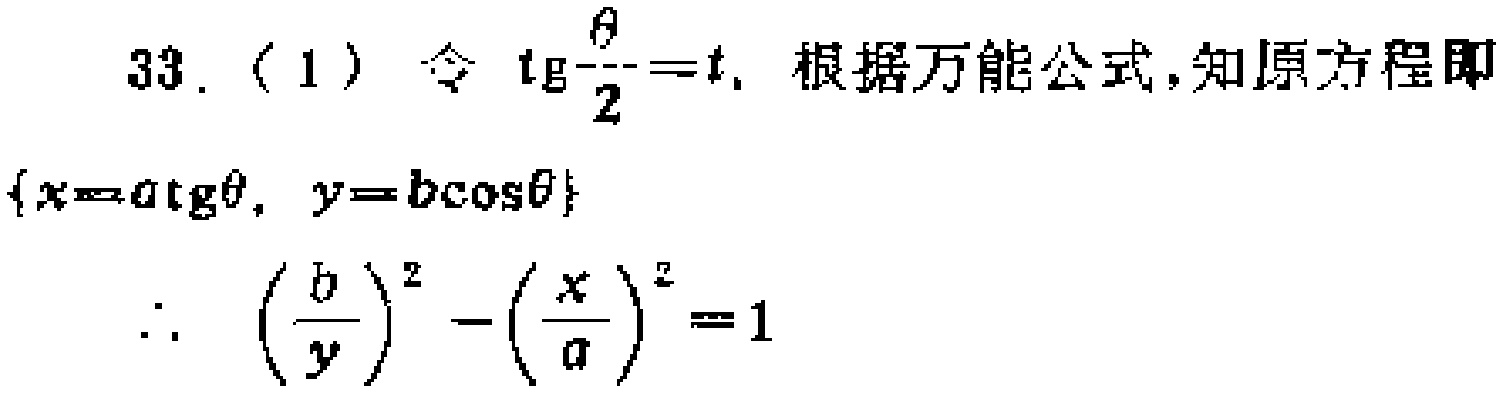
33.（1）令$\mathrm{tg}\frac{\theta}{2}=t$. 根据万能公式,知原方程即
$\{x = a\mathrm{tg}\theta,\ y = b\cos\theta\}$
$\therefore \left(\frac{b}{y}\right)^2-\left(\frac{x}{a}\right)^2 = 1$